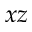
x z